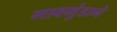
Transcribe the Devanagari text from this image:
गावगुंडाने